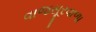
વાજસૂરવાળા